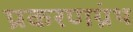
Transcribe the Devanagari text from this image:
प्रकरणग्रंथ